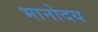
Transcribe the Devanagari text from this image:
भानोदय